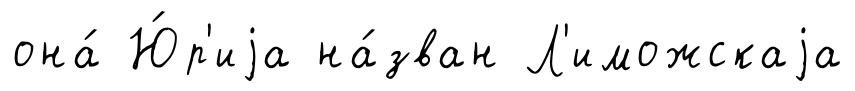
она́ Ю́р'иjа на́зван Л'иможскаjа